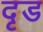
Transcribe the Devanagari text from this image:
दृड